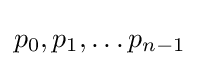
p_{0},p_{1},\dots p_{n-1}